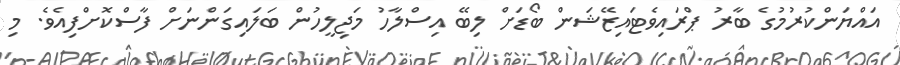
އައްޔަންކުރުމުގެ ބާރު ޕްރައިވެޓައިޒޭޝަން ބޯޑަށް ލިބޭ އިސްލާހު މަޖިލީހުން ބަލައިގަންނަށް ފާސްކޮށްފިއެވެ. މި